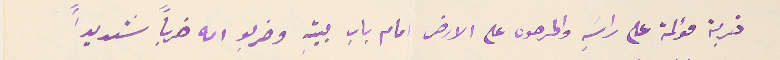
ضربة مؤلمة على راسَهِ واطرحوه على الارض امام باب بيتهِ وضربو امه ضرباً شديداً